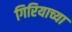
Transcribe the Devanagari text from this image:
गिरियाच्या